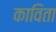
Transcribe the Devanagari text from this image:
काविता